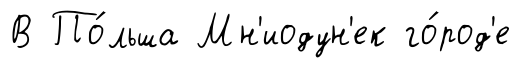
В По́льша Мн'иодун'ек го́род'е